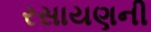
રસાયણની